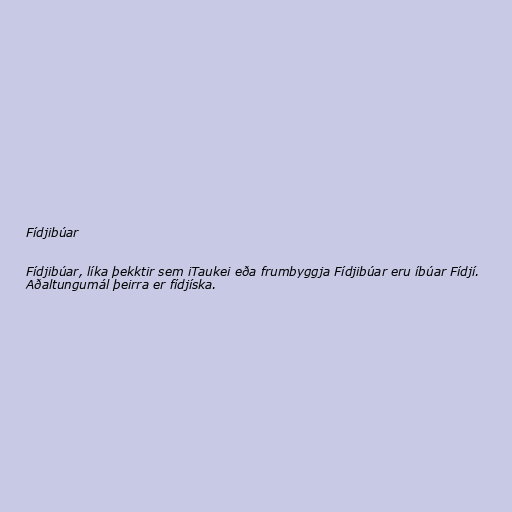
Fídjibúar

Fídjibúar, líka þekktir sem iTaukei eða frumbyggja Fídjibúar eru íbúar Fídjí.
Aðaltungumál þeirra er fídjíska.